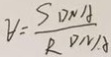
V = \frac { S D N A } { R D M A }